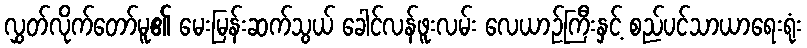
လွှတ်လိုက်တော်မူ၏ မေးမြန်းဆက်သွယ် ခေါင်လန်ဖူးလမ်း လေယာဉ်ကြီးနှင့် စည်ပင်သာယာရေးရုံး